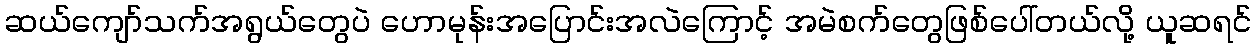
ဆယ်ကျော်သက်အရွယ်တွေပဲ ဟောမုန်းအပြောင်းအလဲကြောင့် အမဲစက်တွေဖြစ်ပေါ်တယ်လို့ ယူဆရင်